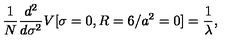
\frac { 1 } { N } \frac { d ^ { 2 } } { d \sigma ^ { 2 } } V [ \sigma = 0 , R = 6 / a ^ { 2 } = 0 ] = \frac { 1 } { \lambda } ,